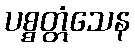
ပစ္စတ္တံသေန